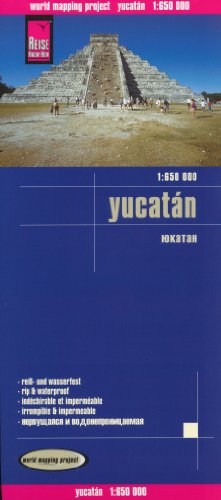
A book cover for Yucatan 1:650,000 Travel Map, waterproof, GPS compatible REISE; Reise Knowhow; Travel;